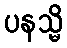
ပနသ္မိ